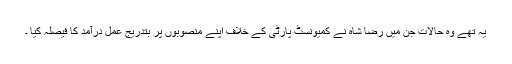
یہ تھے وہ حالات جن میں رضا شاہ نے کمیونسٹ پارٹی کے خلاف اپنے منصوبوں پر بتدریج عمل درآمد کا فیصلہ کیا ۔